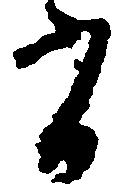
有